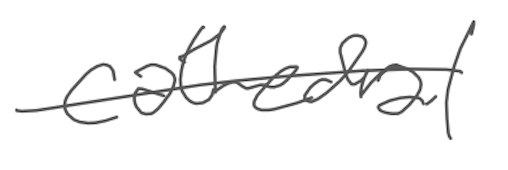
Text: cathedral
Cross-out: single-line
Writing tool: digital_gray